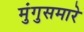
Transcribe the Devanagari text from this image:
मुंगुसमारे